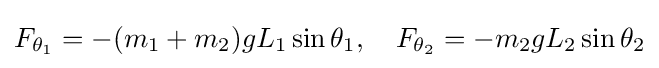
F_{\theta _{1}}=-(m_{1}+m_{2})gL_{1}\sin \theta _{1},\quad F_{\theta _{2}}=-m_{2}gL_{2}\sin \theta _{2}